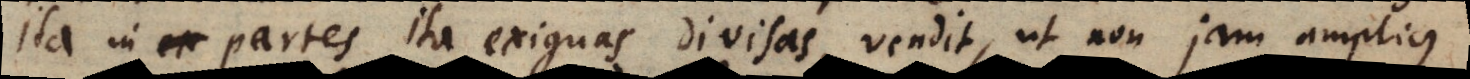
ea partes partes ita exiguas divisas, vendit, ut non jam amplius